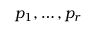
p _ { 1 } , \ldots , p _ { r }